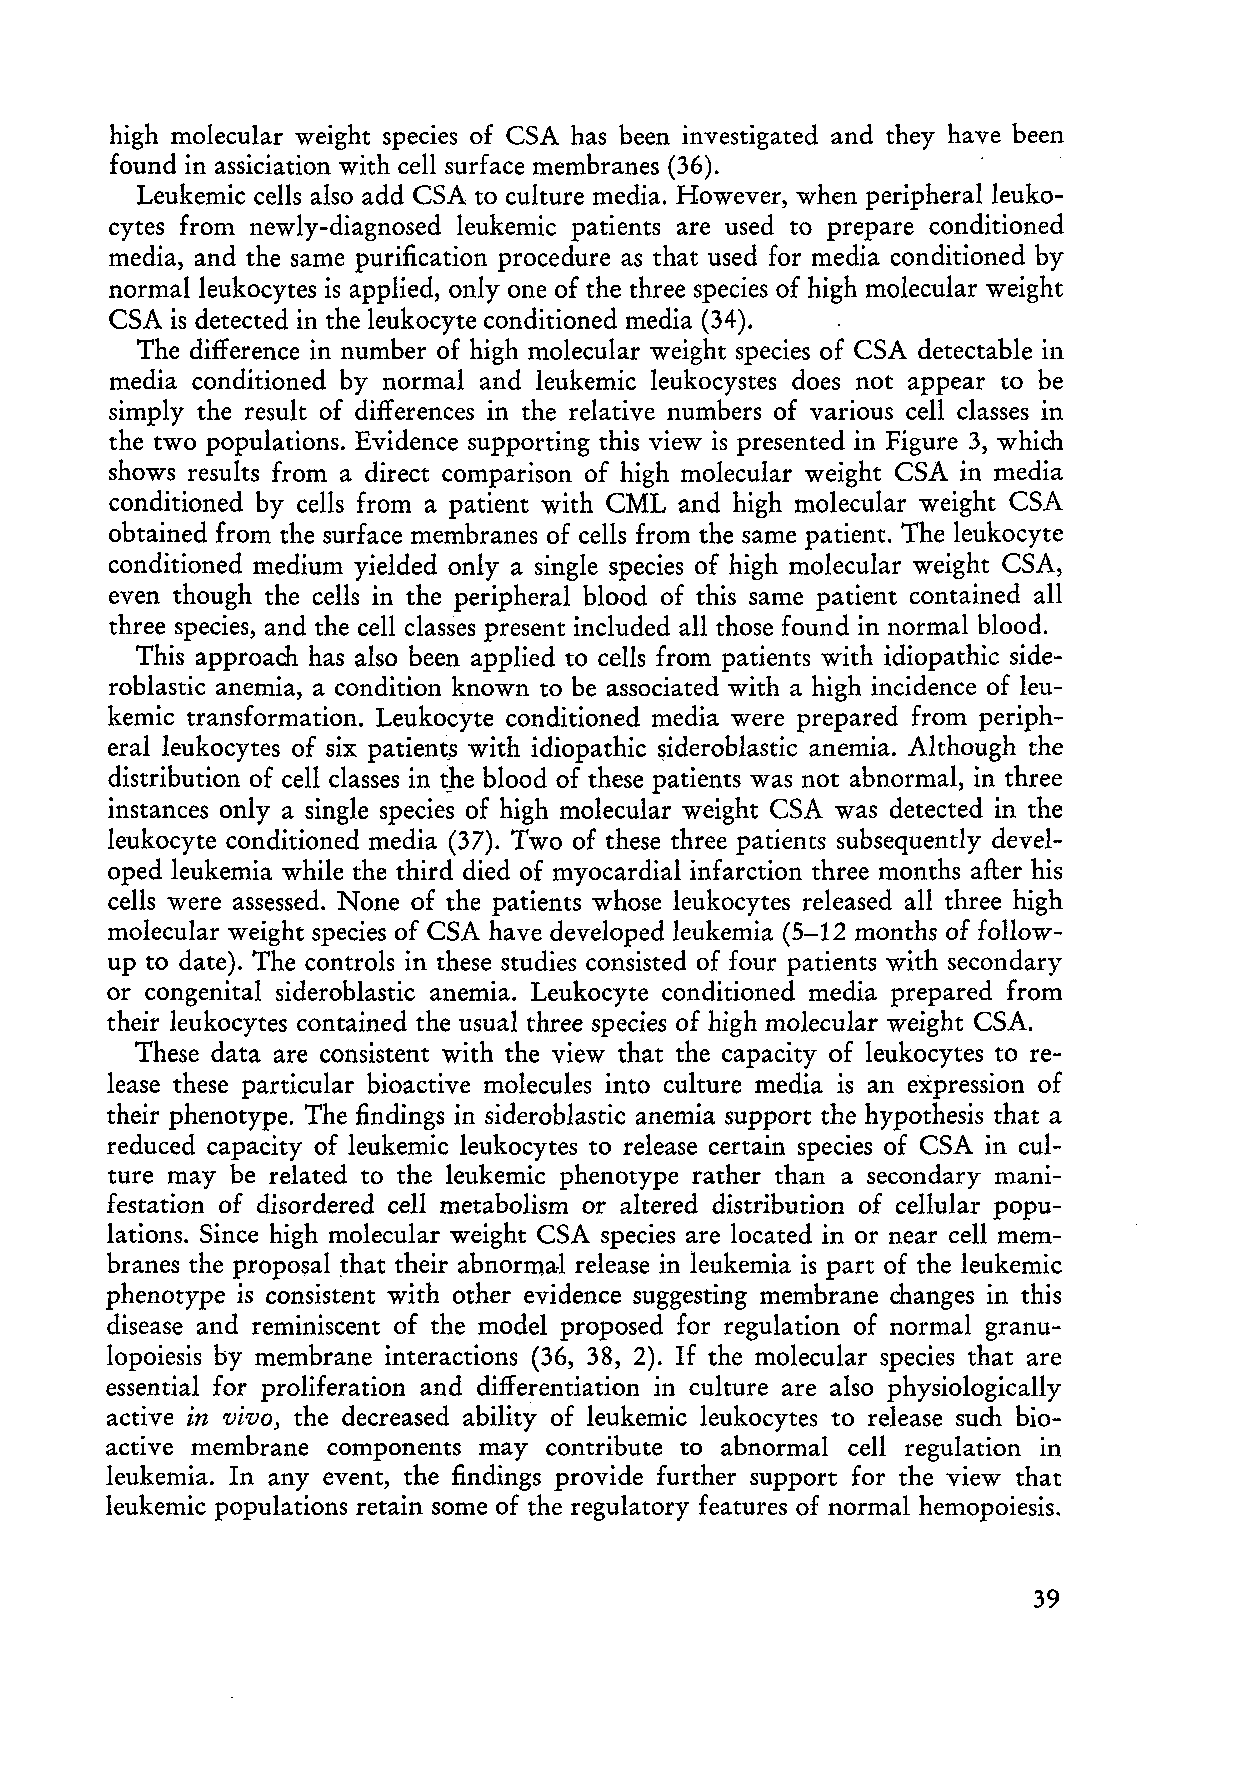
high molecular weight species of CSA has been investigated and they have been
 found in assiciation with cell surface membranes (36).
 Leukemic cells also add CSA to culture media. However, when peripheralleuko
 cytes from newly-diagnosed leukemic patients are used to prepare conditioned
 media, and the same purification procedure as that used for media conditioned by
 normalleukocytes is applied, only one of the three species of high molecular weight
 CSA is detected in the leukocyte conditioned media (34).
 The difference in number of high molecular weight species of CSA detectable in
 media conditioned by normal and leukemic leukocystes does not appear to be
 simply the result of differences in the relative numbers of various ceU classes in
 the two populations. Evidence supporting this view is presented in Figure 3, which
 shows results from a direct comparison of high molecular weight CSA in media
 conditioned by ceIls from a patient with CML and high molecular weight CSA
 obtained from the surface membranes of cells from the same patient. The leukocyte
 conditioned medium yielded only a single species of high molecular weight CSA,
 even though the ceUs in the peripheral blood of this same patient contained all
 three species, and the cell classes present included all those found in normal blood.
 This approach has also been applied to cells from patients with idiopathic side
 roblastic anemia, a condition known to be associated with a high incidence of leu
 kemic transformation. Leukocyte conditioned media were prepared from periph
 eral leukocytes of six patient.s with idiopathic ~ideroblastic anemia. Although the
 distribution of cell classes in tpe blood of these patients was not abnormal, in three
 instances only a single species of high molecular weight CSA was detected in the
 leukocyte conditioned media (37). Two of these three patients subsequently devel
 oped leukemia while the third died of myocardial infarction three months after his
 cells were assessed. None of the patients whose leukocytes released all three high
 molecular weight species of CSA have developed leukemia (5-12 months of follow
 up to date). The controls in these studies consisted of four patients with secondary
 or congenital sideroblastic anemia. Leukocyte conditioned media prepared from
 their leukocytes contained the usual three species of high molecular weight CSA.
 These data are consistent with the view that the capacity of leukocytes to re
 lease these particular bioactive moleeules into culture media is an expression of
 their phenotype. The findings in sideroblastic anemia support the hypothesis that a
 reduced capacity of leukemic leukocytes to release certain species of CSA in cul
 ture may be related to the leukemic phenotype rather than a secondary mani
 festation of disordered cell metabolism or altered distribution of cellular popu
 lations. Since high molecular weight CSA species are located in or near cell mem
 branes the proposal ~hat their abnormal release in leukemia is part of the leukemic
 phenotype is consistent with other evidence suggesting membrane changes in this
 disease and reminiscent of the model proposed for regulation of normal granu
 lopoiesis by membrane interactions (36, 38, 2). If the molecular species that are
 essential for proliferation and differentiation in culture are also physiologically
 active in vivo, the decreased ability of leukemic leukocytes to release such bio
 active membrane components may contribute to abnormal cell regulation in
 leukemia. In any event, the findings provide further support for the view that
 leukemic populations retain some of the regulatory features of normal hemopoiesis.
 39